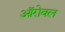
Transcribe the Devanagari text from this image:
ऑरोवल